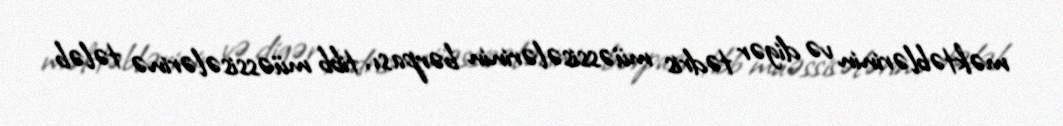
məktəblərinin və digər tədris müəssisələrinin bərpası, tibb müəssisələrinə tələb